Report on the treatment of epidemic cholera: from information collected by the governments of Bengal, Madras, Bombay, N.W. Provinces, Punjab, Oudh, and Central India, by order of the Government of India
Disease focus: Cholera
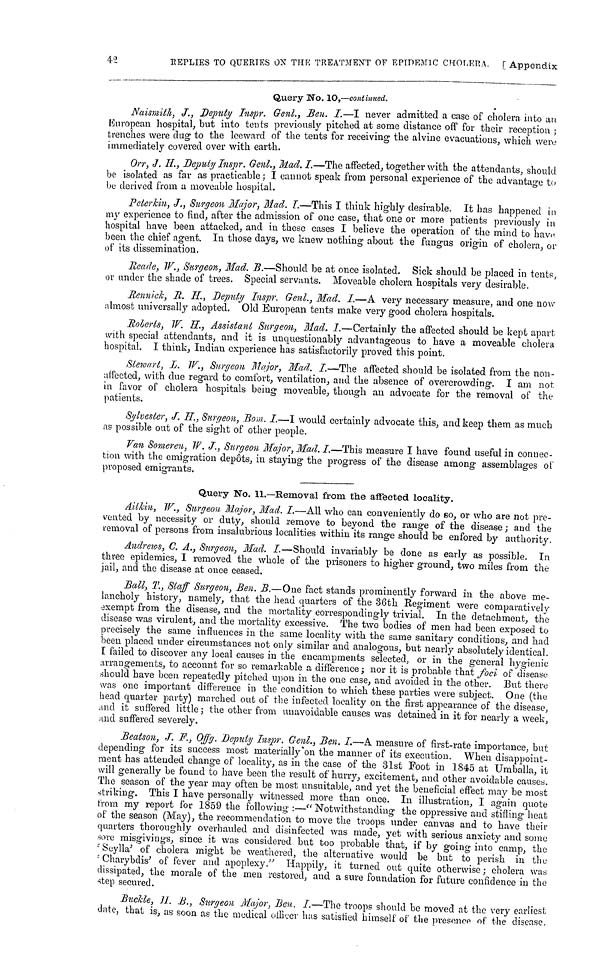
42
KEPLIES TO QUERIES ON THE TREATMENT OF EPIDEMIC CHOLERA. [Appendix
Query No. 10,—continued.
Naismith, J., Deputy Inspr. Genl., Ben. I.—I never admitted a case of cholera into an
European hospital, but into tents previously pitched at some distance oft for their reception ;
trenches were dug to the leeward of the tents for receiving the alvine evacuations, which were
immediately covered over with earth.
Orr, J. H., Deputy Inspr. Genl., Mad. I.—The affected, together with the attendants, should
be isolated as far as practicable; I cannot speak from personal experience of the advantage to
bo derived from a moveable hospital.
Peterkin, J., Surgeon Major, Mad. I.—This I think highly desirable. It has happened in
my experience to find, after the admission of one case, that one or more patients previously in
hospital have been attacked, and in these cases I believe the operation of the mind to have
been the chief agent. In those days, we knew nothing about the fungus origin of cholera, or
of its dissemination.
Reade, W., Surgeon, Mad. B.—Should be at once isolated. Sick should be placed in tents,
or under the shade of trees. Special servants. Moveable cholera hospitals very desirable.
Rennick, R. H., Deputy Inspr. Genl., Mad. I.—A very necessary measure, and one now
almost universally adopted. Old European tents make very good cholera hospitals.
Roberts, W. H., Assistant Surgeon, Mad. I.—Certainly the affected should be kept apart
with special attendants, and it is unquestionably advantageous to have a moveable cholera
hospital. I think, Indian experience has satisfactorily proved this point.
Stewart, L. W., Surgeon Major, Mad. I.—The affected should be isolated from the non-
uffected, with due regard to comfort, ventilation, and the absence of overcrowding. I am not
in favor of cholera hospitals being moveable, though an advocate for the removal of the
patients.
Sylvester, J. H., Surgeon, Bom. I.—I would certainly advocate this, and keep them as much
as possible out of the sight of other people.
Van Someren, W. J., Surgeon Major, Mad. I.—This measure I have found useful in connec-
tion with the emigration depots, in staying the progress of the disease among assemblages of
proposed emigrants.
Query No. 11.—Removal from the affected locality.
Ailkin, W., Surgeon Major, Mad. I.—All who can conveniently do so, or who are not pre-
vented by necessity or duty, should remove to beyond the range of the disease ; and the
removal of persons from insalubrious localities within its range should be enfored by authority,
Andrews, C. A., Surgeon, Mad. I.—Should invariably be done as early as possible. In
three epidemics, I removed the whole of the prisoners to higher ground, two miles from the
jail, and the disease at once ceased.
Ball, T., Staff Surgeon, Ben. B.—One fact stands prominently forward in the above me-
lancholy history, namely, that the head quarters of the 36th Regiment were comparatively
exempt from the disease, and the mortality correspondingly trivial. In the detachment, the
disease was virulent, and the mortality excessive. The two bodies of men had been exposed to
precisely the same influences in the same locality with the same sanitary conditions, and had
been placed under circumstances not only similar and analogous, but nearly absolutely identical.
[ failed to discover any local causes in the encampments selected, or in the general hygienic
arrangements, to account for so remarkable a difference ; nor it is probable that foci of disease-
should have been repeatedly pitched upon in the one case, and avoided in the other. Eut there
was one important difference in the condition to which these parties were subject. One (the
head quarter party) marched out of the infected locality on the first appearance of the disease,
and it suffered little ; the other from unavoidable causes was detained in it for nearly a week,
and suffered severely.
Beatson, J. F., 0ffg. Deputy Inspr. Genl., Ben. I.—A measure of first-rate importance, but-
depending for its success most materially on the manner of its execution. When disappoint-
ment has attended change of locality, as in the case of the 31st Foot in 1845 at Umballa, it
will generally be found to have been the result of hurry, excitement, and other avoidable causes.
The season of the year may often be most unsuitable, and yet the beneficial effect may be most
striking. This I have personally witnessed more than once. In illustration, I again quote
from my report for 1859 the following :— "Notwithstanding the oppressive and stifling heat
of the season (May), the recommendation to move the troops under canvas and to have their
quarters thoroughly overhauled and disinfected was made, yet with serious anxiety and some
sore misgivings, since it was considered but too probable that, if by going into camp, the
'Scylla' of cholera might be weathered, the alternative would be but to perish in the
Charybdis' of fever and apoplexy." Happily, it turned out quite otherwise ; cholera was
dissipated, the morale of the men restored, and a sure foundation for future confidence in the
step secured.
Buckle, H.. B., Surgeon Major, Ben. I.—The troops should be moved at the very earliest
date, that is, as soon as the medical officer has satishfied himself of the presence of the disease,